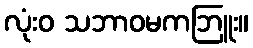
လုံးဝ သဘာဝမကဘြူး။